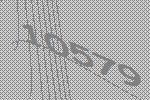
10579